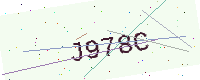
Text: J978C